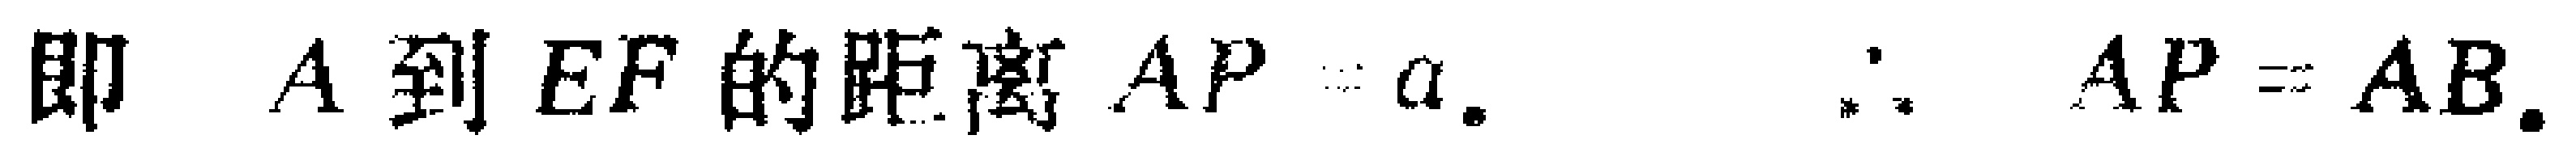
即 \(A\) 到 \(EF\) 的距离 \(AP = a\).  \(\therefore AP = AB\).